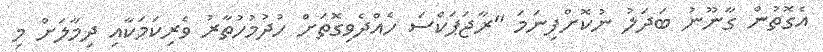
އެގޮތުން ގާނޫނު ބަދަލު ނުކޮށްފިނަމަ "ރާޖަޕަކްސަ ހެއްދެވިގޮތަށް ހުދުމުހުތާރު ވެރިކަމަކާއި ދިމާލަށް މި